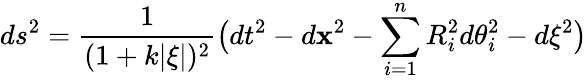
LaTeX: ds^{2}=\frac{1}{(1+k|\xi|)^{2}}\bigl(dt^{2}-d{\mathbf x}^{2}-\sum_{i=1}^{n}R_{i}^{2}d\theta_{i}^{2}-d\xi^{2}\bigr)